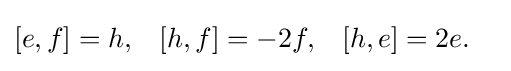
{\begin{aligned}[][e,f]&=h,&[h,f]&=-2f,&[h,e]&=2e.\end{aligned}}